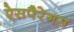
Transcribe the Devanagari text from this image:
ऐसपैरेगस